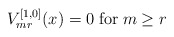
\begin{align*}V_{mr}^{[1,0]}(x) = 0 \; \mbox{for} \; m \ge r\end{align*}